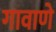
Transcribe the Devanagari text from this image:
गावाणे